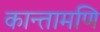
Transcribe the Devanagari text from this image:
कान्तामणि